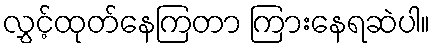
လွှင့်ထုတ်နေကြတာ ကြားနေရဆဲပါ။